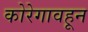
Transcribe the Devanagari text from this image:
कोरेगावहून